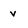
Character: v